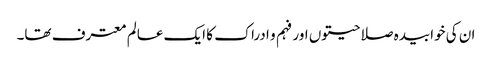
ان کی خوابیدہ صلاحیتوں اور فہم و ادراک کا ایک عالم معترف تھا۔